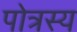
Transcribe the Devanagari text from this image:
पोत्रस्य